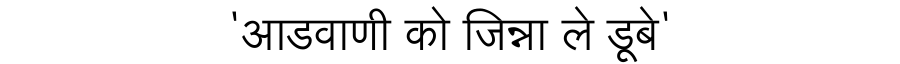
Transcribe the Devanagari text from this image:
'आडवाणी को जिन्ना ले डूबे'